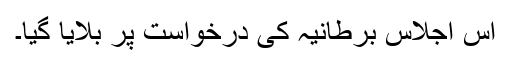
اس اجلاس برطانیہ کی درخواست پر بلایا گیا۔